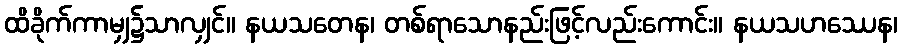
ထိခိုက်ကာမျှ၌သာလျှင်။ နယသတေန၊ တစ်ရာသောနည်းဖြင့်လည်းကောင်း။ နယသဟဿေန၊